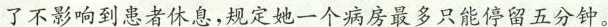
了不影响到患者休息，规定她一个病房最多只能停留五分钟。